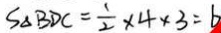
S _ { \Delta B D C } = \frac { 1 } { 2 } \times 4 \times 3 = b